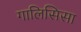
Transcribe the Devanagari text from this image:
गालिसिसा